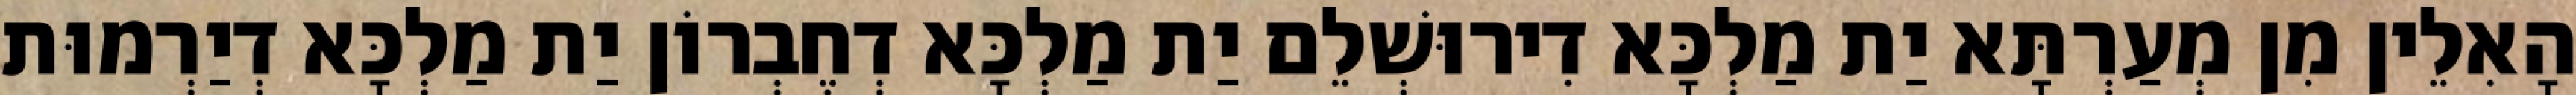
הָאִלֵין מִן מְעַרְתָּא יַת מַלְכָּא דִירוּשְׁלֵם יַת מַלְכָּא דְחֶבְרוֹן יַת מַלְכָּא דְיַרְמוּת